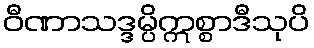
ဝီဏာသဒ္ဒမ္ပိဣစ္စာဒီသုပိ